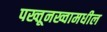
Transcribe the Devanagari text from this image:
पख्तूनख्वामधील